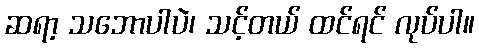
ဆရာ့ သဘောပါပဲ၊ သင့်တယ် ထင်ရင် လုပ်ပါ။